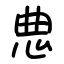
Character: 㤟